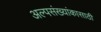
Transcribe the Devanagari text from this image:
अल्पसंख्यांकासाठी